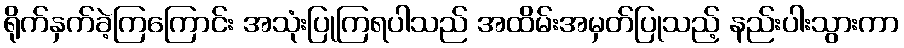
ရိုက်နှက်ခဲ့ကြကြောင်း အသုံးပြုကြရပါသည် အထိမ်းအမှတ်ပြုသည့် နည်းပါးသွားကာ